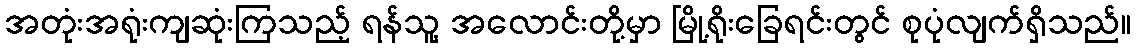
အတုံးအရုံးကျဆုံးကြသည့် ရန်သူ့ အလောင်းတို့မှာ မြို့ရိုးခြေရင်းတွင် စုပုံလျက်ရှိသည်။